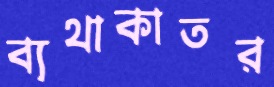
ব্যথাকাতর